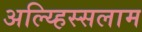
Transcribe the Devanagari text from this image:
अल्य्हिस्सलाम